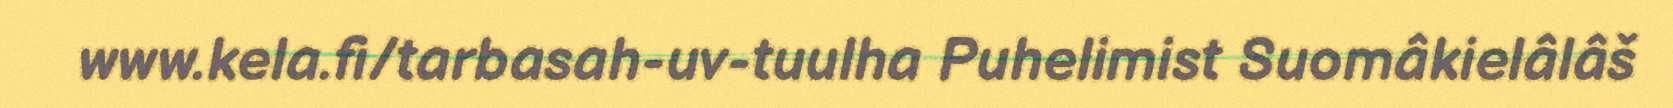
www.kela.fi/tarbasah-uv-tuulha Puhelimist Suomâkielâlâš